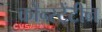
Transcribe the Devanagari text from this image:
कोन्स्टेंटीन